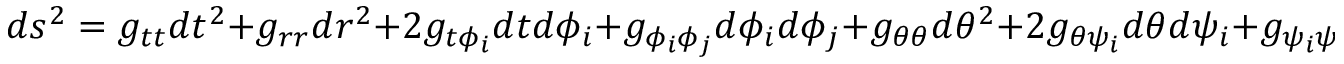
d s ^ { 2 } = g _ { t t } d t ^ { 2 } + g _ { r r } d r ^ { 2 } + 2 g _ { t \phi _ { i } } d t d \phi _ { i } + g _ { \phi _ { i } \phi _ { j } } d \phi _ { i } d \phi _ { j } + g _ { \theta \theta } d \theta ^ { 2 } + 2 g _ { \theta \psi _ { i } } d \theta d \psi _ { i } + g _ { \psi _ { i } \psi _ { j } } d \psi _ { i } d \psi _ { j } ,